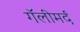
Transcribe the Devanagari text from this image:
गॅलीमर्द